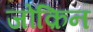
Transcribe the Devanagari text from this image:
जोक़िन